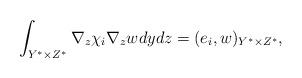
LaTeX: \begin{align*}\int_{Y^{\ast}\times Z^{\ast}} \nabla_{z} \chi_{i} \nabla_{z} w dydz=(e_{i},w)_{Y^{\ast}\times Z^{\ast}},\end{align*}